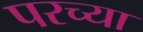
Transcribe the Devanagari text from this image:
परच्या